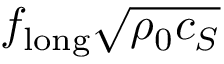
f _ { \mathrm { l o n g } } \sqrt { \rho _ { 0 } c _ { S } }